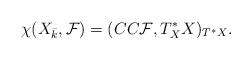
LaTeX: \begin{align*}\chi(X_{\bar k},{\cal F})=(CC{\cal F},T^*_XX)_{T^*X}.\end{align*}